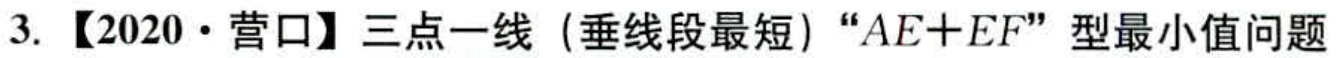
3. 【2020·营口】三点一线（垂线段最短）“\(AE + EF\)”型最小值问题